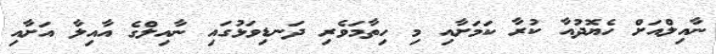
ނާއިލްއަށް ހެޔޮދުއާ ކުރާ ކަމަށާއި މި ހިތާމަވެރި ދަނޑިވަޅުގައި ނާއިލްގެ އާއިލާ އަށާއި